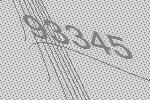
93345